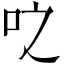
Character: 𫩝